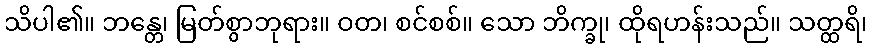
သိပါ၏။ ဘန္တေ၊ မြတ်စွာဘုရား။ ဝတ၊ စင်စစ်။ သော ဘိက္ခု၊ ထိုရဟန်းသည်။ သတ္ထရိ၊